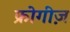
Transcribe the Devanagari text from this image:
फ्रोगीज़